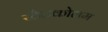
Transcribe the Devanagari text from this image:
स्टैटकोलम